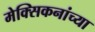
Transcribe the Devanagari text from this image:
मेक्सिकनांच्या